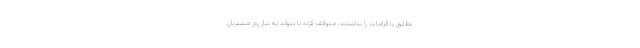
تطابق با الزامات را نداشتند، متوقف کرده تا بتواند به نیاز روز مشتریان